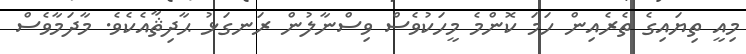
މިއީ ތިޔައިގެ ތެރެއިން ހަމަ ކޮންމެ މީހަކުވެސް ވިސްނާލުން ރަނގަޅު ޙާދިޘާއެކެވެ. މާދަމާވެސް